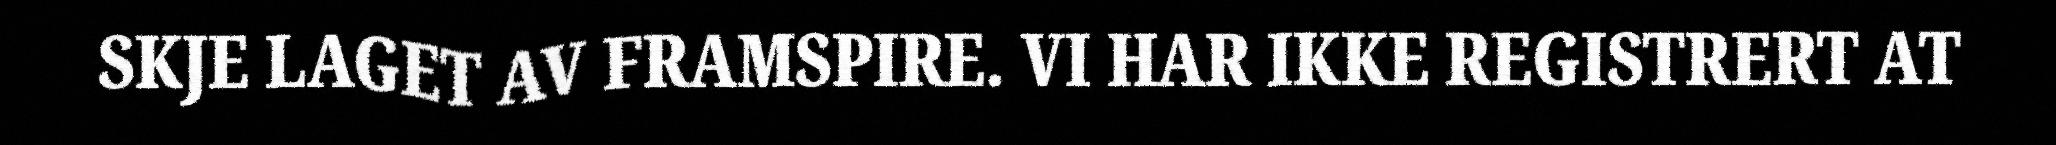
SKJE LAGET AV FRAMSPIRE. VI HAR IKKE REGISTRERT AT